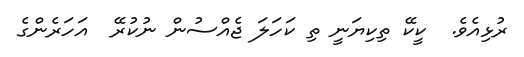
ރުޅިއެވެ.  ކީކޭ ތިކިޔަނީ ތި ކަހަލަ ޖެއްސުން ނުކުރޭ  އަހަރެންގެ